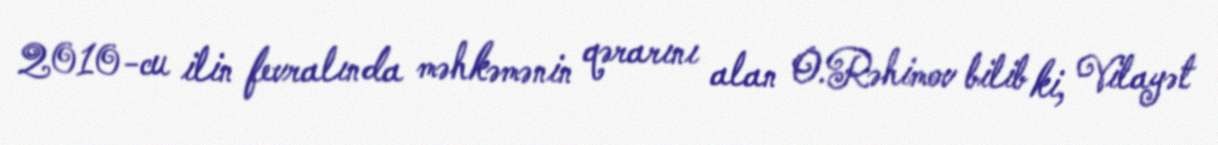
2010-cu ilin fevralında məhkəmənin qərarını alan O.Rəhimov bilib ki, Vilayət